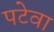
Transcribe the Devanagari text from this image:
पटेवा